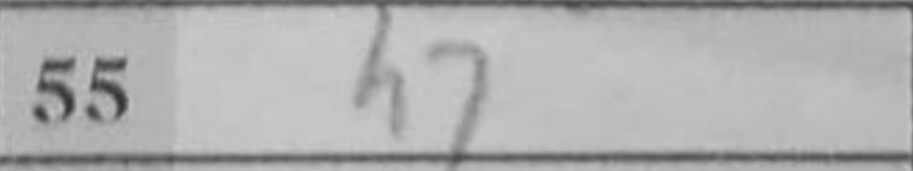
Transcription: h7